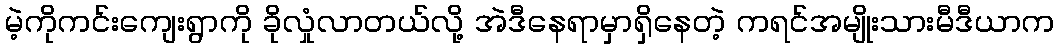
မဲ့ကိုကင်းကျေးရွာကို ခိုလှုံလာတယ်လို့ အဲဒီနေရာမှာရှိနေတဲ့ ကရင်အမျိုးသားမီဒီယာက